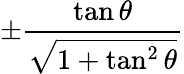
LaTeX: \pm{\frac{\tan\theta}{\sqrt{1+\tan^{2}\theta}}}